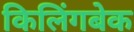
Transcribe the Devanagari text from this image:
किलिंगबेक